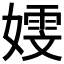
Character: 𫱭